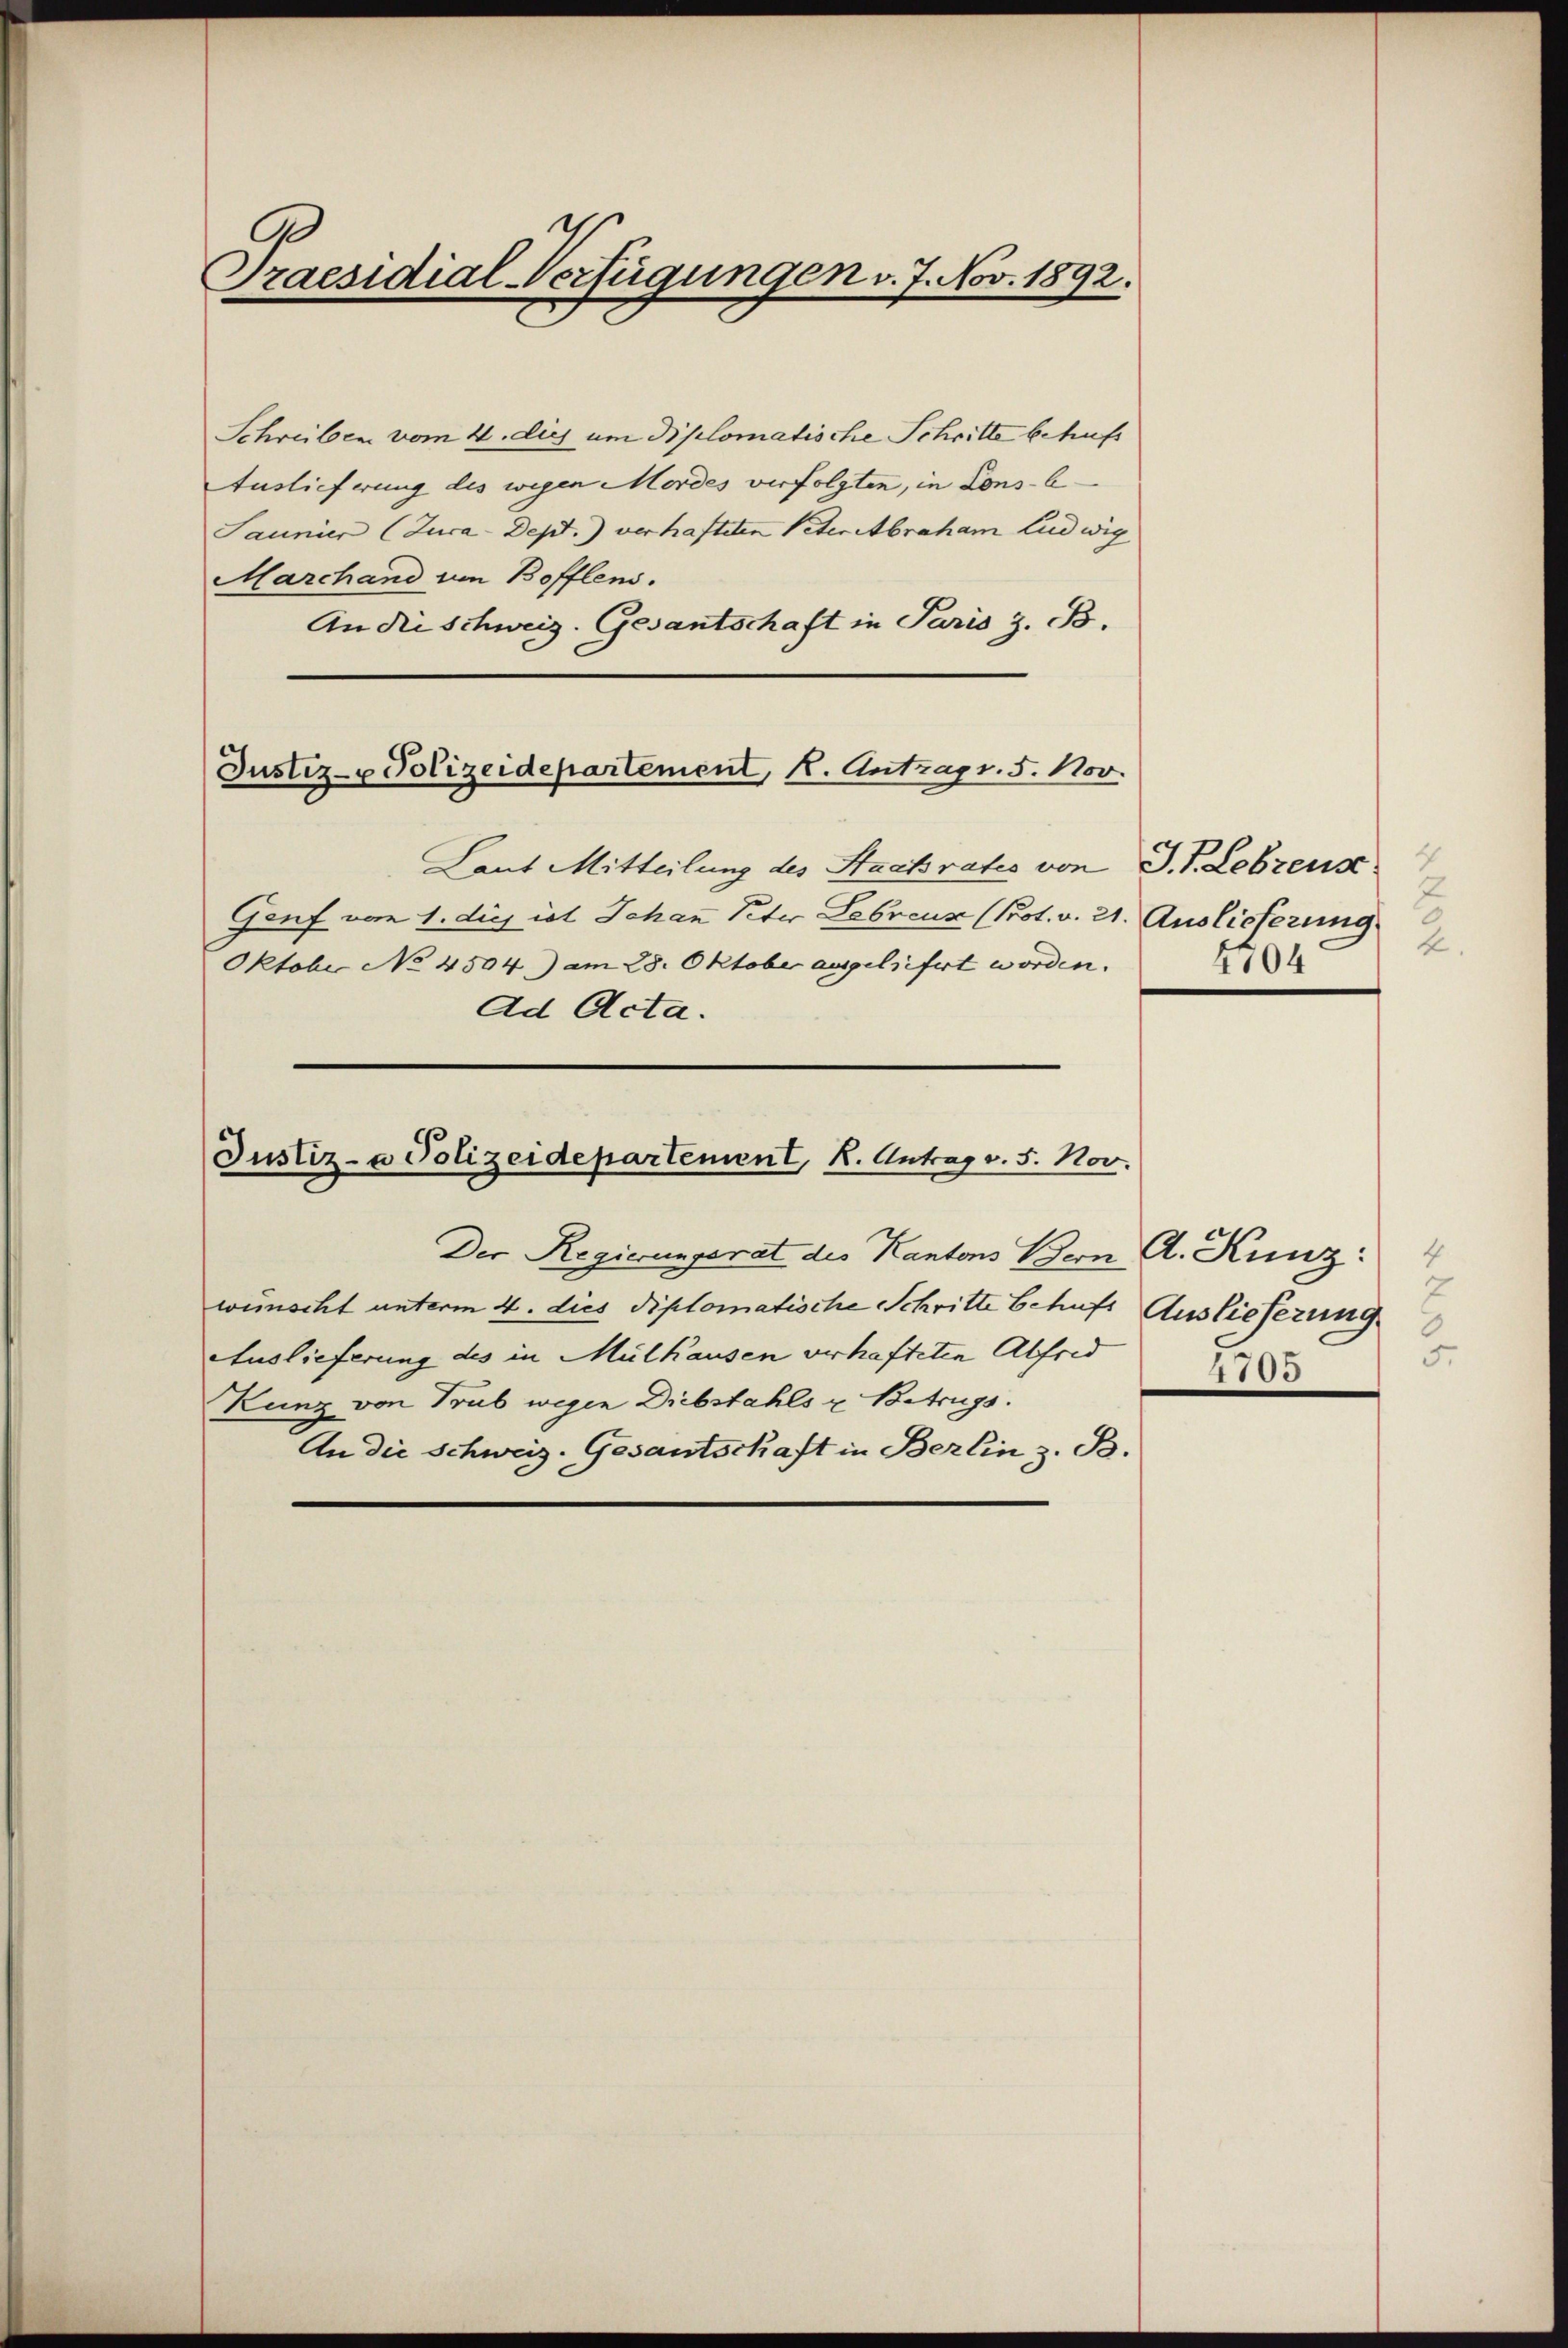
Praesidial-Verfügungen v. 7. Nov. 1892:

Schreiben vom 4. dis um diplomatische Schritte betref
Auslieferung des wegen Mordes verfolgten, in Cons-C¬
Saunier (Zuca-Dept.) verhafteten Peter Abraham Ludwig
Marchand von Bofflens.
An die Schweiz. Gesantschaft in Paris z. B.
Laut Mitteilung des Stackrates von D. P. Lebrens
Genf vom 1. die ist Johan Peter Lebreuz (Prot. v. 21. Auslieferung
Oktober No 4504) am 28. Oktober ausgeliefert worden.
Ad Acta.
Justiz- & Polizeidepartement, K. Antrag v. 5. Nov.

Justiz- Polizeidepartement, k. Antrags. 5. Nov.

Der Regierungsrat des Kantons Bern A. Kunz:
wünscht unterm 4. dies diplomatische Schritte behufs Auslieferung
Auslieferung des in Mülhausen verhafteten Abfrid
Kunz von Trub wegen Diebstahls u. Betrugs.
An die Schweiz. Gesantschaft in Berlin z. B.

2
4704

4
7
5.
4705